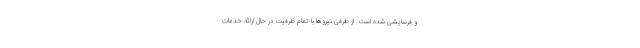
و فرسایشی شده است. از طرفی نیروها با تمام ظرفیت در حال ارائه خدمات